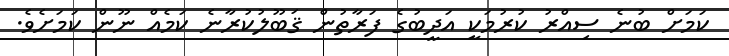
ކަމަށް ބުނެ ސިއްރު ކުރުމަކީ އަދީބުގެ ފަރާތުން ޤަބޫލުކުރާނެ ކަމެއް ނޫން ކަމަށެވެ.